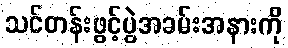
သင်တန်းဖွင့်ပွဲအခမ်းအနားကို